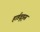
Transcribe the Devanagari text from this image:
हार्डवूड्स